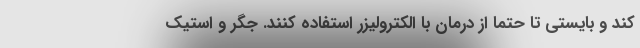
کند و بایستی تا حتما از درمان با الکترولیزر استفاده کنند. جگر و استیک